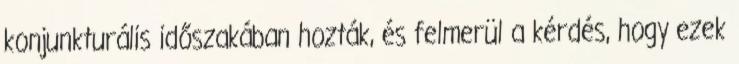
konjunkturális időszakában hozták, és felmerül a kérdés, hogy ezek